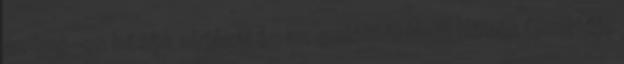
az ’56-os hősök sírjánál és az emléktáblánál Hősök temetője